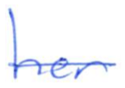
Text: her
Cross-out: single-line
Writing tool: ballpoint